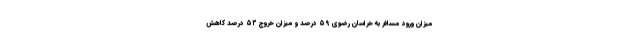
میزان ورود مسافر به خراسان رضوی ۵۹ درصد و میزان خروج ۵۲ درصد کاهش